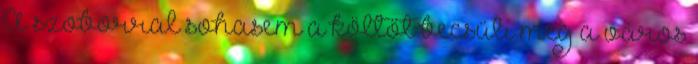
A szoborral sohasem a költőt becsüli meg a város